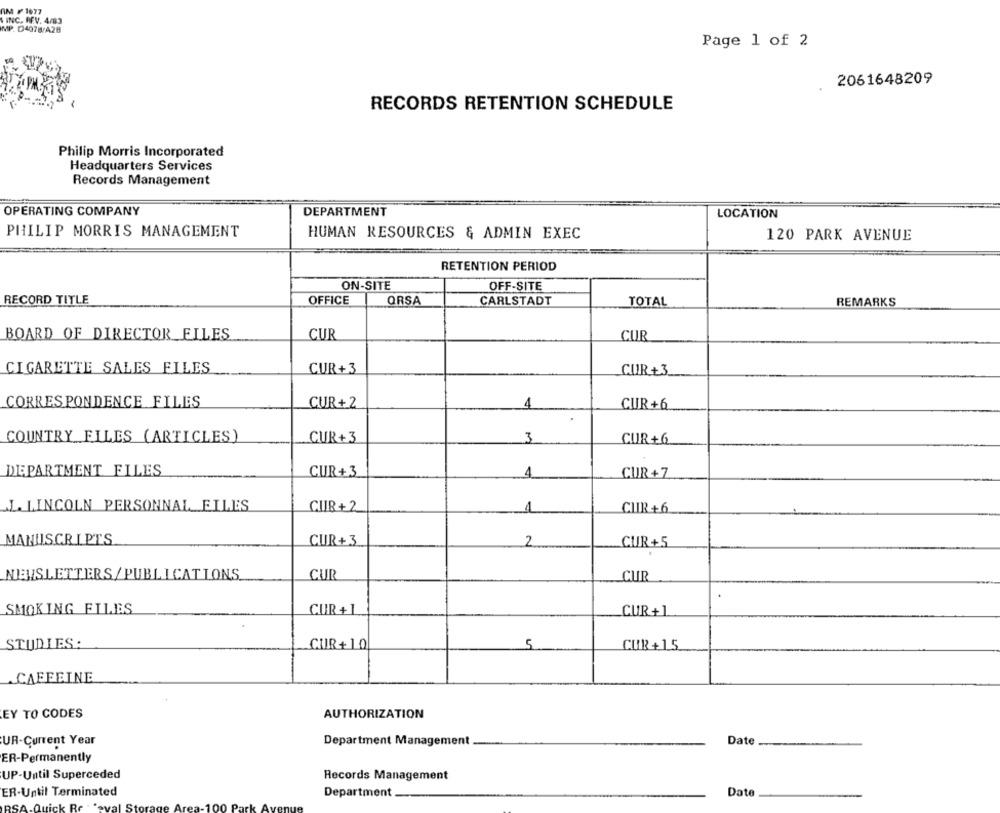
RM F 1077
INC. REV. 4/83
MP. D4078/428
Page 1 of 2
2061648209
RECORDS RETENTION SCHEDULE
Philip Morris Incorporated
Headquarters Services
Records Management
OPERATING COMPANY
DEPARTMENT
LOCATION
PHILIP MORRIS MANAGEMENT
HUMAN RESOURCES & ADMIN EXEC
120 PARK AVENUE
RETENTION PERIOD
ON-SITE
OFF-SITE
RECORD TITLE
OFFICE
ORSA
CARLSTADT
REMARKS
TOTAL
BOARD OF DIRECTOR FILES
CUR
CUR
CIGARETTE SALES FILES
CUR+3
CUR+3
CORRESPONDENCE FILES
CUR+2
4
CUR +6
COUNTRY ELLES (ARTICLES)
CUR+3
3
CUR +6
DEPARTMENT FILES
CUR+3
CUR+7
4
.L. LINCOLN PERSONNAL FILES
CUR+ 2
1
CUIR +6
MANUSCRIPTS
CUR+3
2
CUR+5
NEWSLETTERS/ PUBLICATIONS
CUI
CUR
SMOKING FILES
CUR +1
CUR +1
STUDIES:
CUR+10
5
CUR+15
CAFFEINE
EY TO CODES
AUTHORIZATION
Date
UR-Current Year
Department Management
ER-Permanently
UP-Until Superceded
Records Management
ER-Until Terminated
Department _
Date